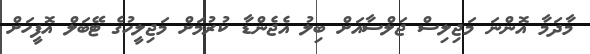
މާދަމާ އޮންނަ މަޖިލިސް ޖަލްސާއަށް ބިލު އެޖެންޑާ ކުރުމަށް މަޖިލީހުގެ ޓޭބަލް އޮފީހަށް